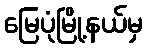
မြေပုံမြို့နယ်မှ